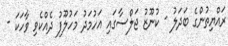
ރައްޔިތުންގެ ބަދަލު - ކުނޫޒު ޖަލްސާގައި އަހުމަދު މަހުލޫފު ދެއްކެވި ވާހަކަ -